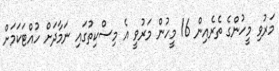
މަރުވި މީހުންގެ ތެރެއިން 16 މީހުން މަރުވީ އެ މިސްކިތުގައި ނަމާދަށް ހުއްޓަކަމަށް